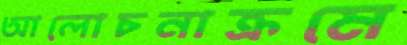
আলোচনাক্রমে